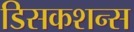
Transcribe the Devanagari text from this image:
डिसकशन्स